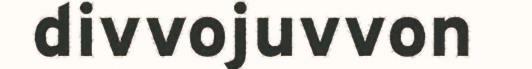
divvojuvvon